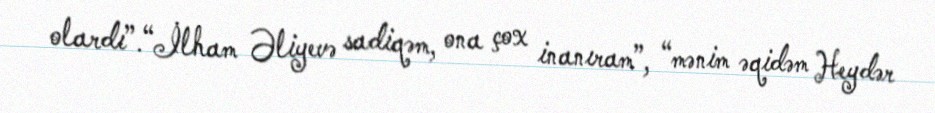
olardı”.“İlham Əliyevə sadiqəm, ona çox inanıram”, “mənim əqidəm Heydər